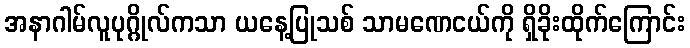
အနာဂါမ်လူပုဂ္ဂိုလ်ကသာ ယနေ့ပြုသစ် သာမဏေငယ်ကို ရှိခိုးထိုက်ကြောင်း